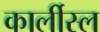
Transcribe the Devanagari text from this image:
कार्लीस्ल